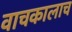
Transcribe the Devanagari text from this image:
वाचकालाच